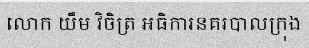
លោក យឹម វិចិត្រ អធិការនគរបាលក្រុង